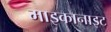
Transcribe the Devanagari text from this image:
माइकानाइट